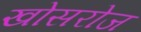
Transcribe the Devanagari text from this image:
खोसरोज